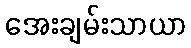
အေးချမ်းသာယာ